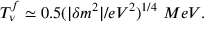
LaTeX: T _ { \nu } ^ { f } \simeq 0 . 5 ( | \delta m ^ { 2 } | / e V ^ { 2 } ) ^ { 1 / 4 } \ M e V .